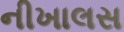
નીખાલસ